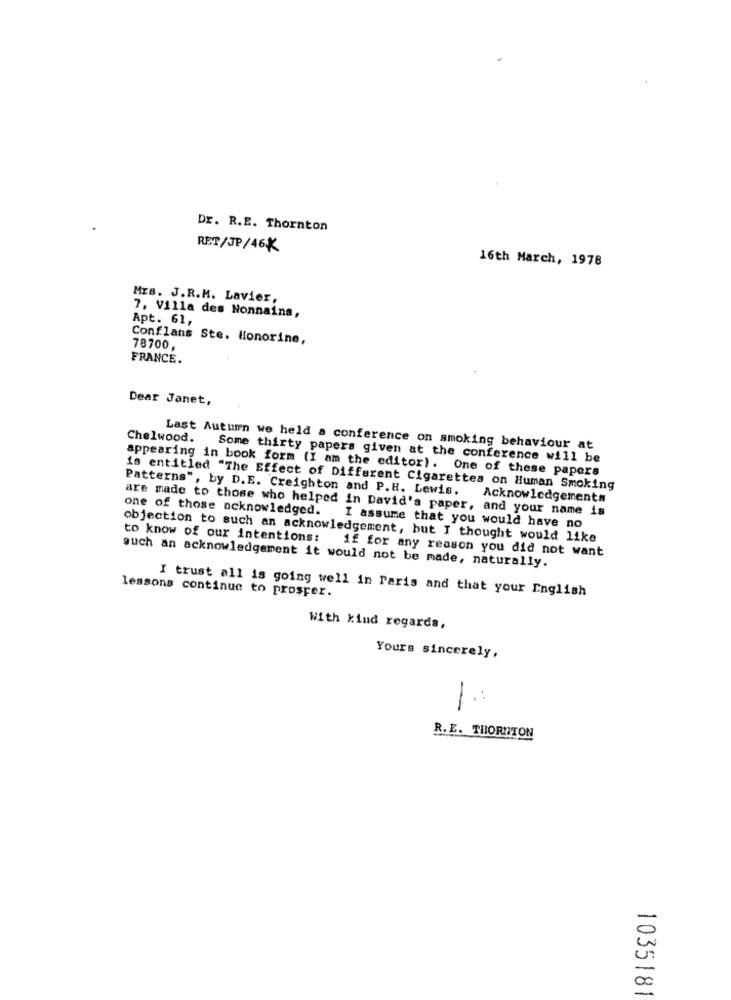
Dr. R.E. Thornton
RET/JP/46K
16th March, 1978
MEB. J.R.M. Lavier,
7, Villa des Nonnains,
Apt. 61,
Conflans Ste. Honorine,
78700,
FRANCE.
Dear Janet,
Chelwood.
Last Autumn we held a conference on smoking behaviour at
Some thirty papers given at the conference will be
appearing in book form (I am the editor). One of these papers
is entitled "The Effect of Different Cigarettes on Human Smoking
Patterns", by D.E. Creighton and P.H. Lewis.
Acknowledgements
are made to those who helped in David's paper, and your name is
one of those acknowledged.
I assume that you would have no
objection to such an acknowledgement, but I thought would like
to know of our intentions:
if for any reason you did not want
such an acknowledgement it would not be made, naturally.
I trust all is going well in Paris and that your English
lessons continue to prosper.
With kind regards,
Yours sincerely,
1:
R. E. THORNTON
0
00
-
1035181